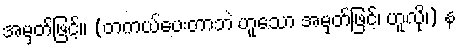
အမှတ်ဖြင့်။ (တကယ်ပေးတာဘဲ ဟူသော အမှတ်ဖြင့်၊ ဟူလို၊) န